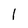
Character: 1